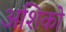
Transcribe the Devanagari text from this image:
अशिको